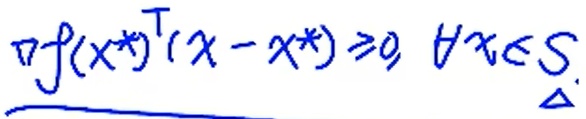
$\underline{\nabla f(x^{*})^{\mathrm{T}}(x - x^{*}) \geq0, \forall x\in S_{\Delta}}$